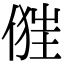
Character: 𠍧